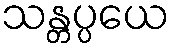
သန္တပ္ပယေ